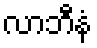
လာဘီနံ